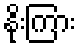
နိုးကြား